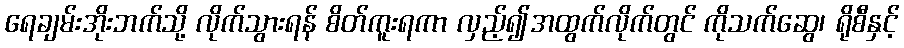
ရေချမ်းအိုးဘက်သို့ လိုက်သွားရန် စိတ်ကူးရကာ လှည့်၍အထွက်လိုက်တွင် ကိုသက်ဆွေ၊ ရိုစီနှင့်